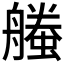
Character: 𧑥